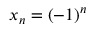
x _ { n } = ( - 1 ) ^ { n }